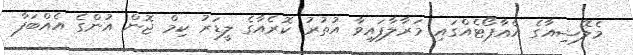
މެލޭޝިއާގެ އެއާޕޯޓެއްގައި މަރާލާފައިވާ އުތުރު ކޮރެއާގެ ލީޑަރު ކިމް ޖޮން އުންގެ އެއްބަފާ